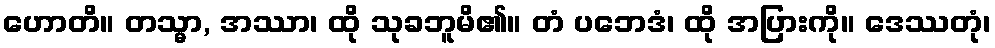
ဟောတိ။ တသ္မာ, အဿာ၊ ထို သုခဘူမိ၏။ တံ ပဘေဒံ၊ ထို အပြားကို။ ဒေဿတုံ၊